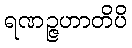
ရဏဉ္ဇဟာတိပိ